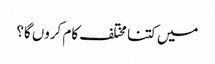
میں کتنا مختلف کام کروں گا؟